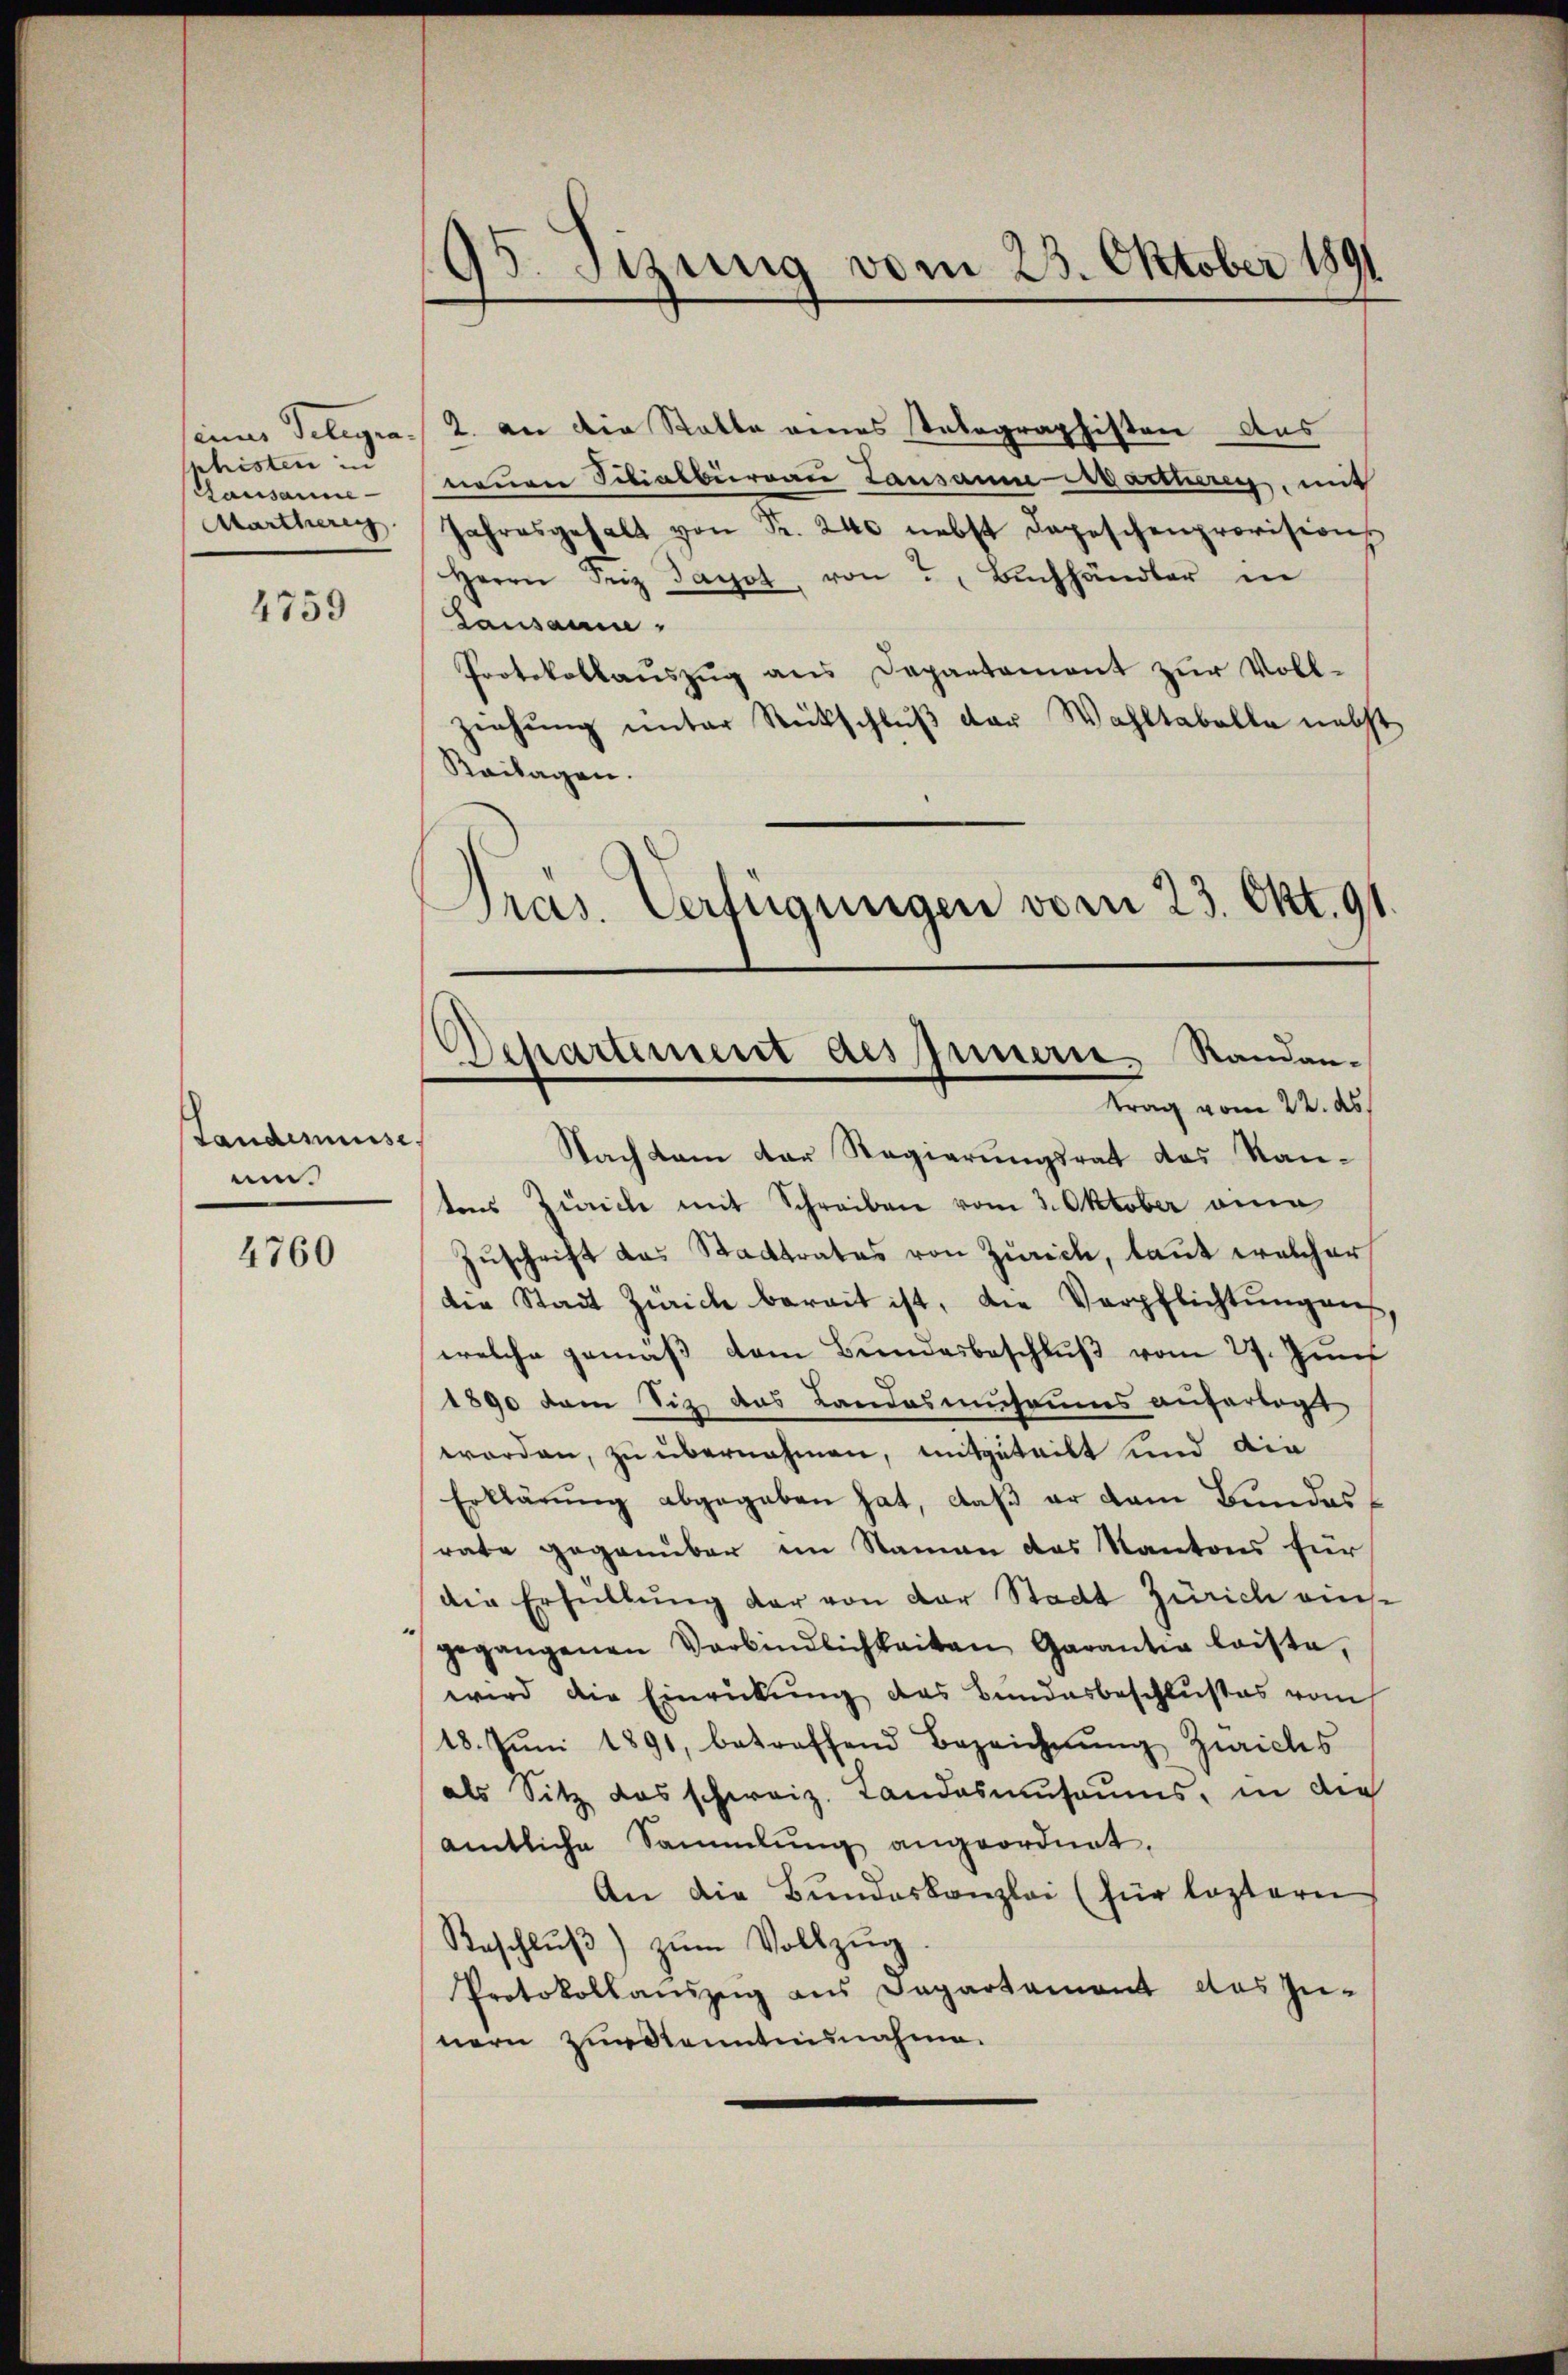
phisten in
Gausanne
Martherig

4759

Landesüsse,
uen.

4760

seines Telegra 2. an die Statte eines Telegraphisten Aus
neuere Filialbürrau Lausanne Martherig, mit
Jahresgehalt von Fr. 240 nebst Depeschenprovisions
Herrn Seiz darst, von 5. Bŭchhändler in
Lausann
Protokollaŭszŭg ans Departament zŭr Voll-
ziehung unter Rückschlŭβ der Wahltabelle nebst
Reilagen.
Pras. Verfügungen vom 23. Okt. 91

95. Sizung vom 23. Oktober 1891
.

Separtement des Innern. Randantrag vom 22. ds.

Nachkam der Regierungsrat das Kantens Zürich mit Schreiben vom 3. Oktober ein
Zuschrift das Stadtrates von Zürich, laut welcher
die Stadt Zürich bereit ist, die Verpflichtungens
welche gemäβ dem Bundesbeschlŭβ vom 27. Juni
1890 dem Siz das Landasmusaums anfertigt
worden, zu übernehmen, mitgeteilt und die
Erklärŭng abgegeben hat, daβ er dem Bundesrate gegenüber im Namen das Kantons für
die Erfüllung der von der Stadt Zürich ein-
gegangenen Verbindlichkeiten Garantia laiste,
wird die Einrickung des Bundesbeschlußes vom
18. Jŭni 1891, betreffend Bezeichnŭng Zürichs
als Sitz das schweiz. Landasmusaums, in die
amtliche Sammlung angeordnet.
An die Bundeskanzlei (für leztern
Beschlŭβ zŭm Vollzŭg
Protokollauszug aus Departament das Zu-
nern Zurkenntnunahme.